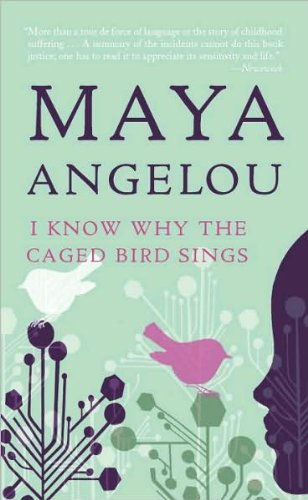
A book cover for I Know Why the Caged Bird Sings (text only) Reissue edition by M. Angelou; M. Angelou; Biographies & Memoirs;